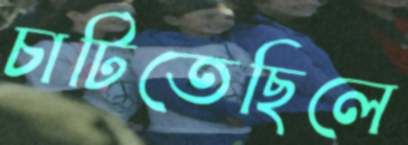
চাটিতেছিলে